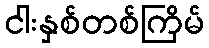
ငါးနှစ်တစ်ကြိမ်